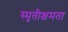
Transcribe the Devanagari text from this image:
स्मृतीक्षमता